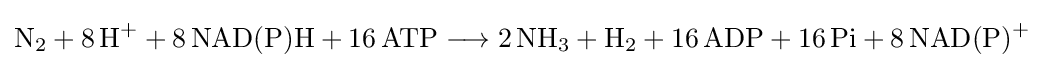
{\mathrm {N} {\vphantom {A}}_{\smash[{t}]{2}}{}+{}8\,\mathrm {H} {\vphantom {A}}^{+}{}+{}8\,\mathrm {NAD} (\mathrm {P} )\mathrm {H} {}+{}16\,\mathrm {ATP} {}\mathrel {\longrightarrow } {}2\,\mathrm {NH} {\vphantom {A}}_{\smash[{t}]{3}}{}+{}\mathrm {H} {\vphantom {A}}_{\smash[{t}]{2}}{}+{}16\,\mathrm {ADP} {}+{}16\,\mathrm {Pi} {}+{}8\,\mathrm {NAD} (\mathrm {P} ){\vphantom {A}}^{+}}